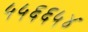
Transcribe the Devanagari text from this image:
५५६६५४